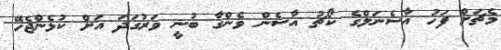
މެޗަށް ފަހު އާސެނަލްގެ ކޯޗު އާސެން ވެންގާ ބުނީ ވަރުގަދަ އަށް ކުޅެންޖެހޭ